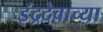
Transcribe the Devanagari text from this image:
इंद्रदेवाच्या